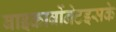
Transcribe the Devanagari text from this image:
बाइकार्बोनेटइसके